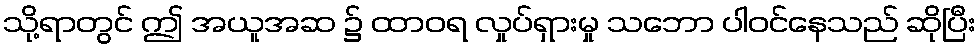
သို့ရာတွင် ဤ အယူအဆ ၌ ထာဝရ လှုပ်ရှားမှု သဘော ပါဝင်နေသည် ဆိုပြီး